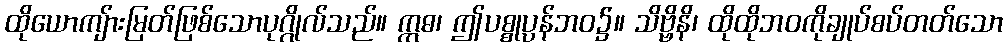
ထိုယောကျ်ားမြတ်ဖြစ်သောပုဂ္ဂိုလ်သည်။ ဣဓ၊ ဤပစ္စုပ္ပန်ဘဝ၌။ သိဗ္ဗိနိ၊ ထိုထိုဘဝကိုချုပ်စပ်တတ်သော